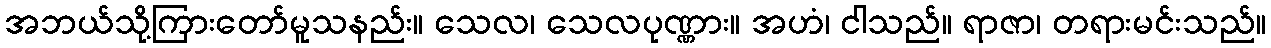
အဘယ်သို့ကြားတော်မူသနည်း။ သေလ၊ သေလပုဏ္ဏား။ အဟံ၊ ငါသည်။ ရာဇာ၊ တရားမင်းသည်။